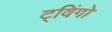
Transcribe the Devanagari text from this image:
ट्विंगो